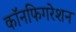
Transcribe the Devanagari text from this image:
कॉनफिगरेशन